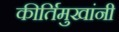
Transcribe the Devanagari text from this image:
कीर्तिमुखांनी